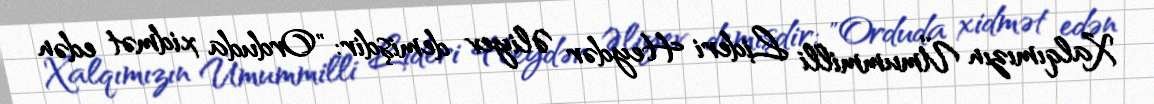
Xalqımızın Ümummilli Lideri Heydər Əliyev demişdir: "Orduda xidmət edən